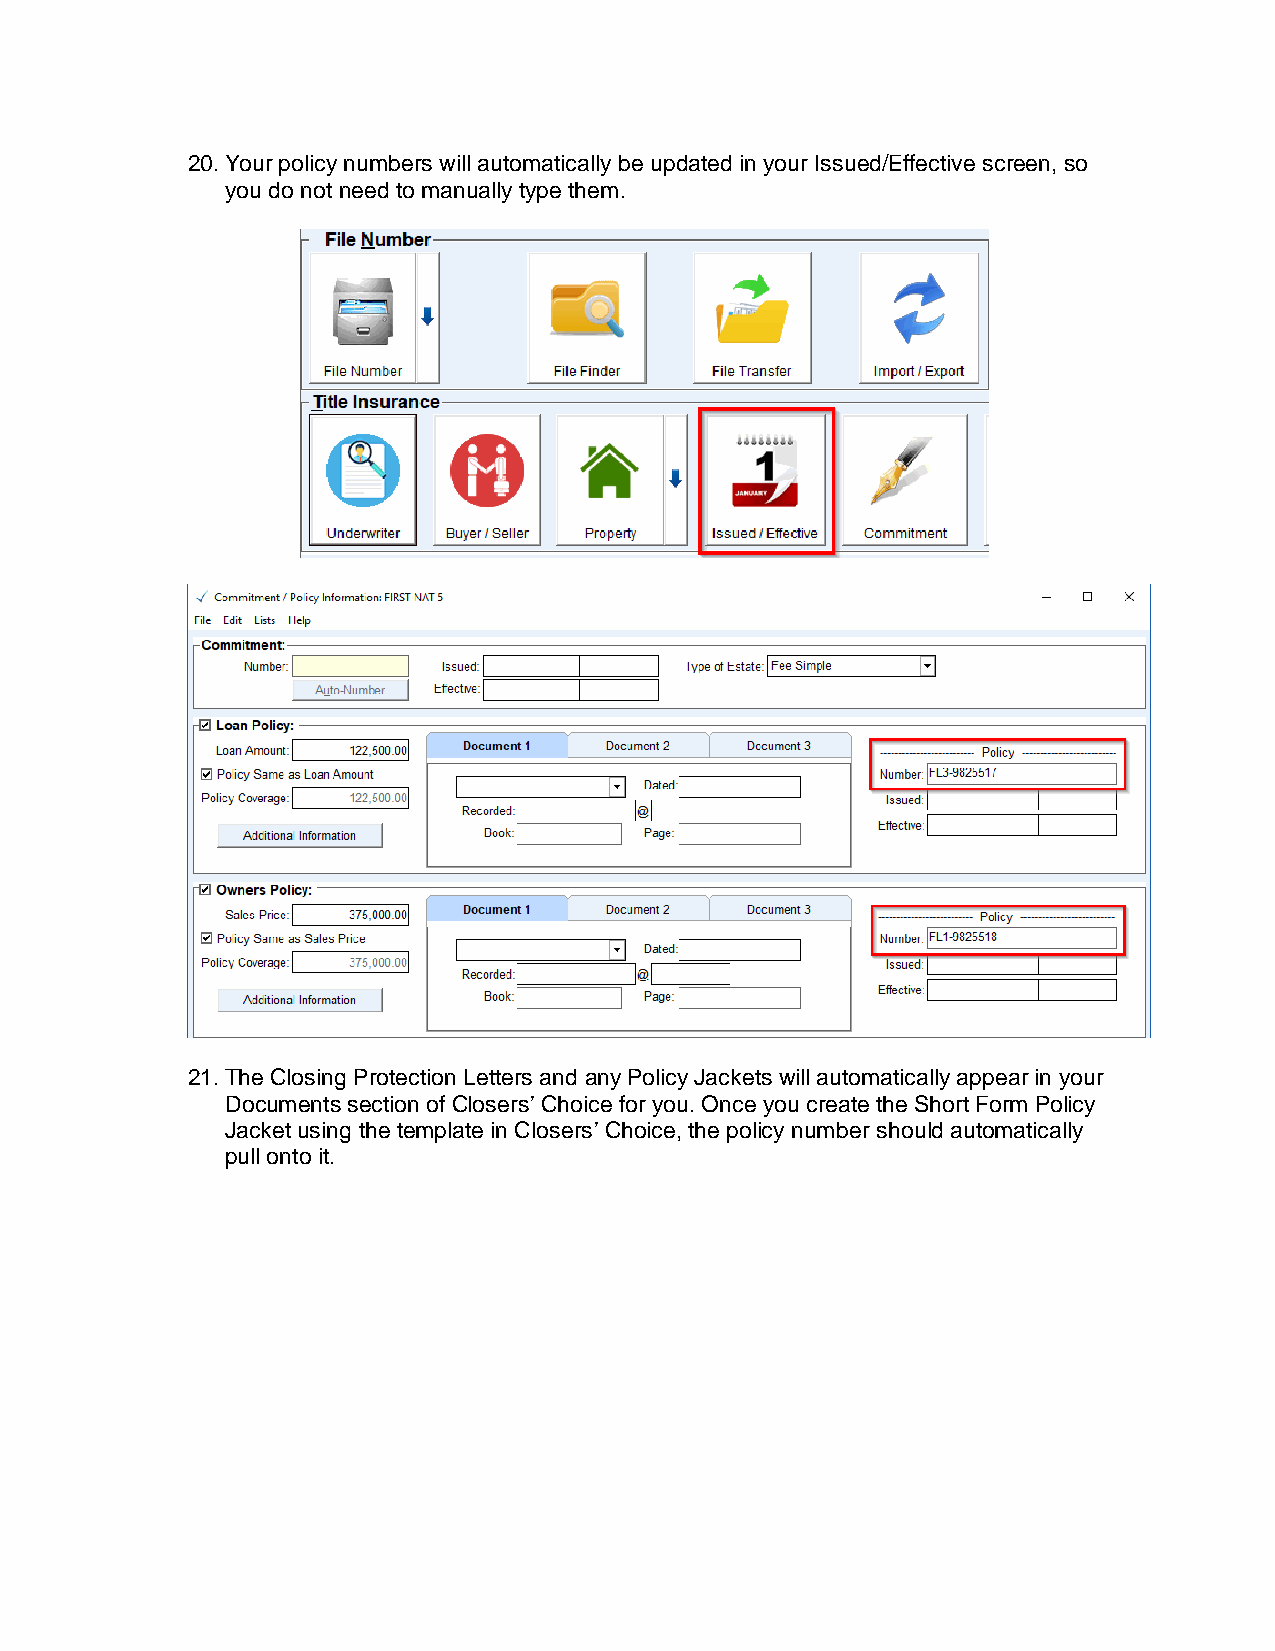
20. Your policy numbers will automatically be updated in your Issued/Effective screen, so
 you do not need to manually type them.
 21. The Closing Protection Letters and any Policy Jackets will automatically appear in your
 Documents section of Closers’ Choice for you. Once you create the Short Form Policy
 Jacket using the template in Closers’ Choice, the policy number should automatically
 pull onto it.